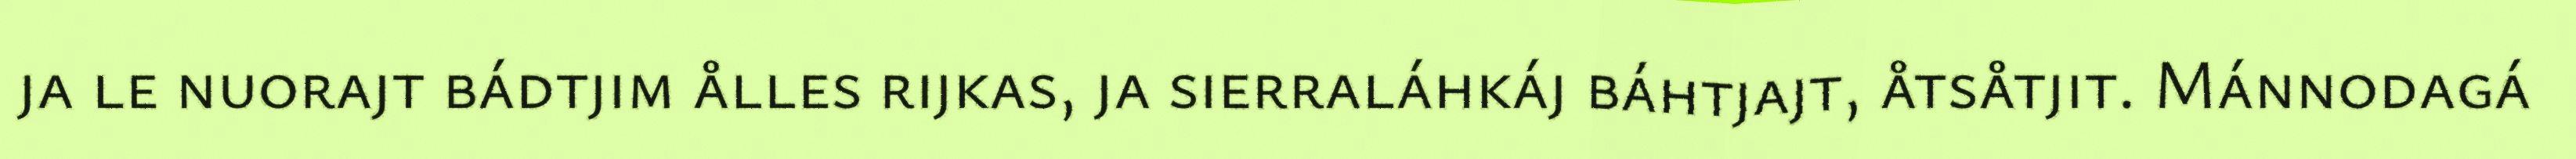
ja le nuorajt bádtjim ålles rijkas, ja sierraláhkáj báhtjajt, åtsåtjit. Mánnodagá